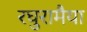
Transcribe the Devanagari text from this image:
रघुरामैया